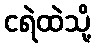
ငရဲထဲသို့